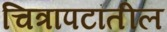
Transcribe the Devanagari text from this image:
चित्रापटांतील